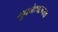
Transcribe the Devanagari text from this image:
भुवनेश्‍वरनाथ